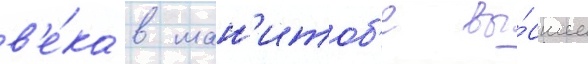
в'е́ка в ман'итоб'е вы́сшее